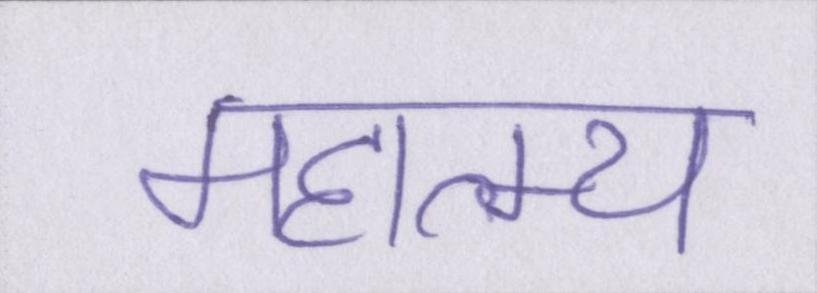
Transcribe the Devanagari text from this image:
महात्म्य